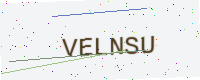
Text: VELNSU